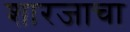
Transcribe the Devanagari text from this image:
शारजाचा